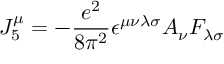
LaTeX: J _ { 5 } ^ { \mu } = - \frac { e ^ { 2 } } { 8 \pi ^ { 2 } } \epsilon ^ { \mu \nu \lambda \sigma } A _ { \nu } F _ { \lambda \sigma }